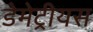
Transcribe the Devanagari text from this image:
डेमेट्रीयस